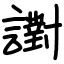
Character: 譵